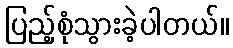
ပြည့်စုံသွားခဲ့ပါတယ်။